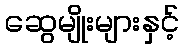
ဆွေမျိုးများနှင့်